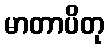
မာတာပိတု